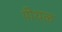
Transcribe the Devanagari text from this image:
पीथळ